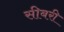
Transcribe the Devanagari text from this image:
सीबरी